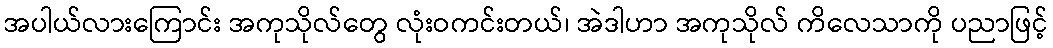
အပါယ်လားကြောင်း အကုသိုလ်တွေ လုံးဝကင်းတယ်၊ အဲဒါဟာ အကုသိုလ် ကိလေသာကို ပညာဖြင့်